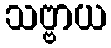
သဗ္ဗာယ